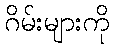
ဂိမ်းများကို